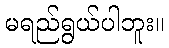
မရည်ရွယ်ပါဘူး။